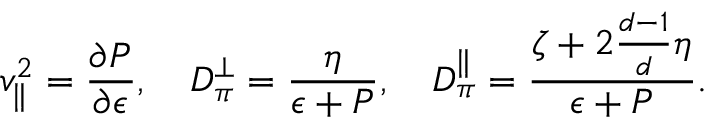
v _ { \| } ^ { 2 } = \frac { \partial P } { \partial \epsilon } , \quad D _ { \pi } ^ { \perp } = \frac { \eta } { \epsilon + P } , \quad D _ { \pi } ^ { \| } = \frac { \zeta + 2 { \textstyle \frac { d - 1 } { d } } \eta } { \epsilon + P } .